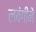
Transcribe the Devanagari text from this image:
लवंगीने